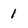
Character: 1